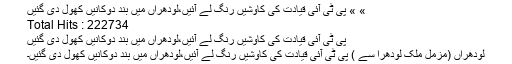
» » پی ٹی آئی قیادت کی کاوشیں رنگ لے آئیں،لودھراں میں بند دوکانیں کھول دی گئیں
Total Hits : 222734
پی ٹی آئی قیادت کی کاوشیں رنگ لے آئیں،لودھراں میں بند دوکانیں کھول دی گئیں
لودھراں (مزمل ملک لودھرا سے ) پی ٹی آئی قیادت کی کاوشیں رنگ لے آئیں،لودھراں میں بند دوکانیں کھول دی گئیں۔